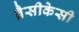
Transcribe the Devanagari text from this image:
ब्रैसीकेसी